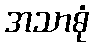
အသာဓုံ